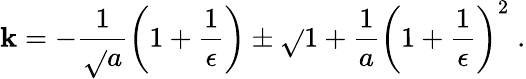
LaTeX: \mathbf{k}=-\frac{{1}}{{\sqrt{}{{a}}}}\left(1+\frac{{1}}{{\epsilon}}\right)\pm\sqrt{}{{1+\frac{{1}}{{a}}\left(1+\frac{{1}}{{\epsilon}}\right)^{2}}}\; .